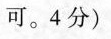
可。4分)